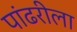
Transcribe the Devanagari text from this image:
पांढरीला